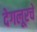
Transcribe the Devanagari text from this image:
देगलूरचे